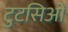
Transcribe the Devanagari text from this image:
टुटसिओं